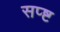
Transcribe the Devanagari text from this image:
सप्ष्ट